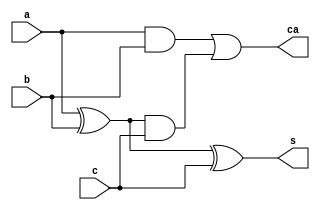
`timescale 1ns / 1ps

module Full_Adder_2(
    input a,b,c,
    output s,ca
    );
wire w1,w2,w3;
xor x1(w1,a,b);
xor x2(s,w1,c);
and a1(w2,a,b);
and a2(w3,w1,c);
or o1(ca,w2,w3);

endmodule

module Full_Adder2tb;
reg A,B,C;
wire S,CARRY;
Full_Adder_2 adder_(A,B,C,S,CARRY);
initial
begin
#10
A = 0; B = 0; C = 0;
#10
A = 0; B = 0; C = 1;
#10
A = 0; B = 1; C = 0;
#10
A = 0; B = 1; C = 1;
#10
A = 1; B = 0; C = 0;

end

endmodule